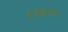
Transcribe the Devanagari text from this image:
दुओदुनेला